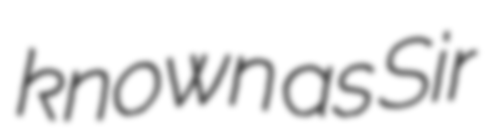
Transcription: known as Sir